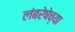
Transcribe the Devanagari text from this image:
लंबरेषेच्या